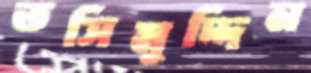
তসিমুদ্দিন